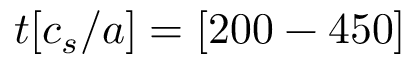
t [ c _ { s } / a ] = [ 2 0 0 - 4 5 0 ]